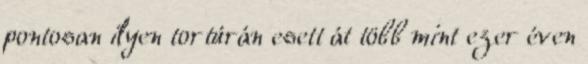
pontosan ilyen tortúrán esett át több mint ezer éven